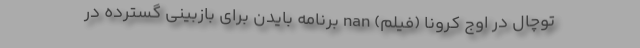
توچال در اوج کرونا (فیلم) nan برنامه بایدن برای بازبینی گسترده در